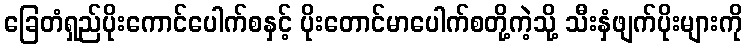
ခြေတံရှည်ပိုးကောင်ပေါက်စနှင့် ပိုးတောင်မာပေါက်စတို့ကဲ့သို့ သီးနှံဖျက်ပိုးများကို